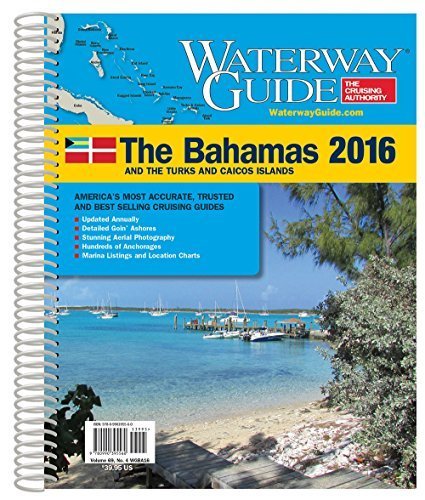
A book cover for Waterway Guide 2016 Bahamas (Dozier's Waterway Guide. Bahamas); Waterway Guide Media; Travel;